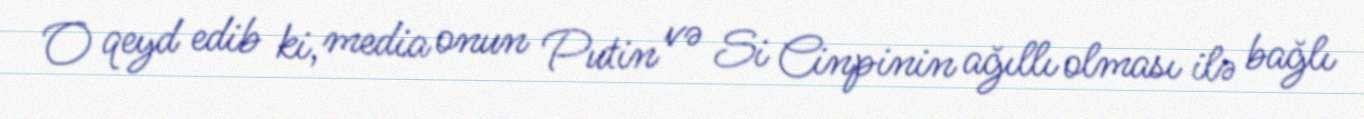
O qeyd edib ki, media onun Putin və Si Cinpinin ağıllı olması ilə bağlı